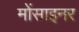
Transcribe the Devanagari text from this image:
मोंसाइनर